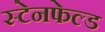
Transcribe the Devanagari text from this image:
स्टेनफेल्ड